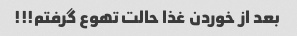
بعد از خوردن غذا حالت تهوع گرفتم!!!